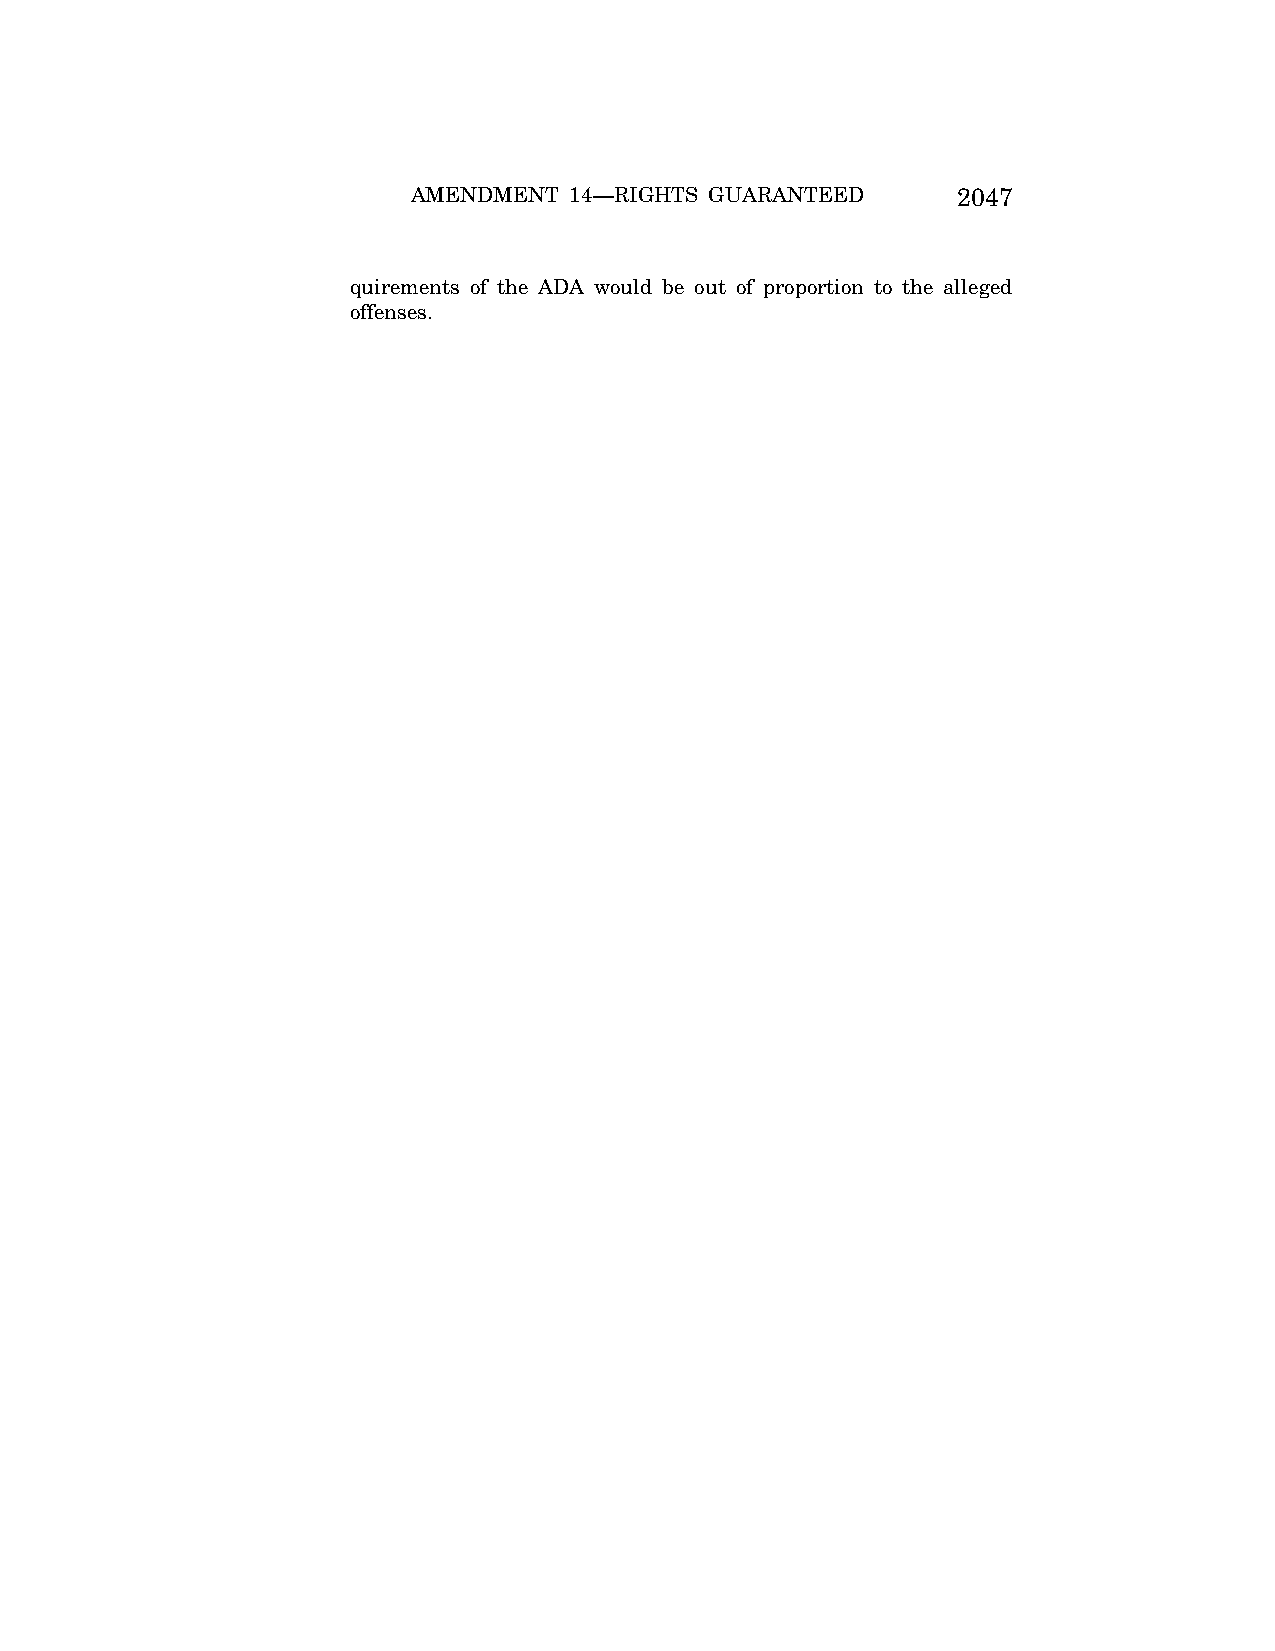
AMENDMENT  14—RIGHTS GUARANTEED     2047
 quirements of the ADA would be out of proportion to the alleged
 offenses.
 VerDate Jul<13>2004 05:44 Jul 13, 2004 Jkt 000000 PO 00000 Frm 00377 Fmt 8222 Sfmt 8222 \\GSDDPC41\YOURS-AND-MINE\CON046.SGM CON046